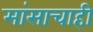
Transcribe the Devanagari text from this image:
मांसाचाही